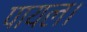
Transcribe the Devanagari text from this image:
पायल।